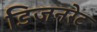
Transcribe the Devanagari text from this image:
डिजनरेट